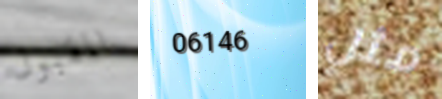
المقبول 06146 مثل